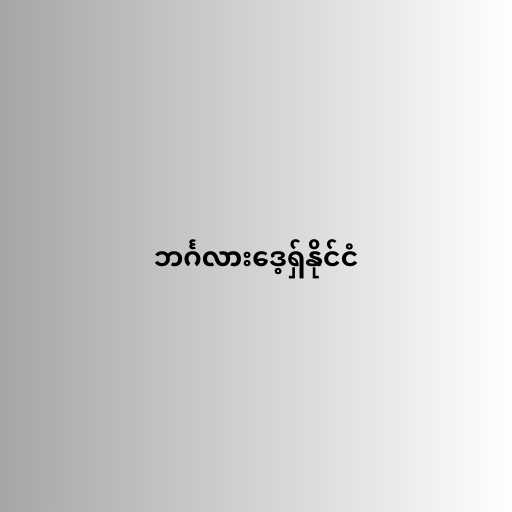
ဘင်္ဂလားဒေ့ရှ်နိုင်ငံ